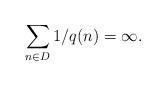
LaTeX: \begin{align*}\sum_{n \in D} 1/q(n) = \infty.\end{align*}